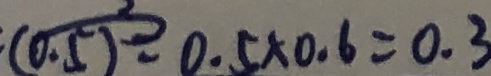
0 . 5 \times 0 . 6 = 0 . 3